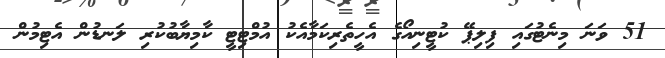
51 ވަނަ މިނެޓުގައި ފިލިޕޭ ކުޓީނިއޯގެ އެހީތެރިކަމާއެކު އުމްޓިޓީ ކާމިޔާބުކުރި ލަނޑުން އެޓިމުން